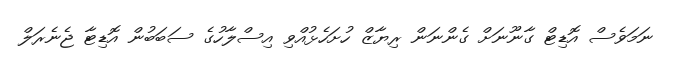
ނަމަވެސް އޮޑިޓް ގާނޫނަށް ގެންނަން ރިޔާޒް ހުށަހެޅުއްވި އިސްލާހުގެ ސަބަބުން އޮޑިޓާ ޖެނެރަލް